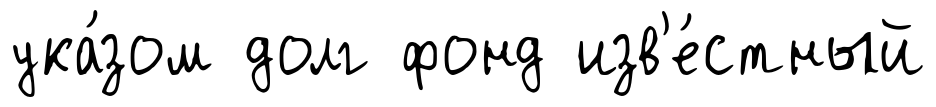
ука́зом долг фонд изв'е́стный